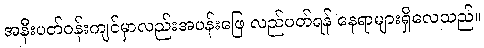
အနီးပတ်ဝန်းကျင်မှာလည်းအပန်းဖြေ လည်ပတ်ရန် နေရာများရှိလေသည်။